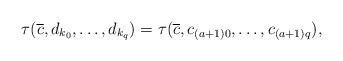
\begin{align*}\tau(\overline{c},d_{k_{0}},\dots,d_{k_{q}})=\tau(\overline{c},c_{(a+1)0},\dots,c_{(a+1)q}),\end{align*}